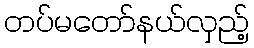
တပ်မတော်နယ်လှည့်